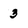
Character: 3